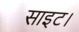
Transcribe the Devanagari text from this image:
साइट।